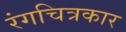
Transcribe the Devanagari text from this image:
रंगचित्रकार